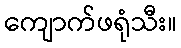
ကျောက်ဖရုံသီး။